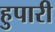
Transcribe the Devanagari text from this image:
हुपारी